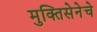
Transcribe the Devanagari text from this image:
मुक्तिसेनेचे